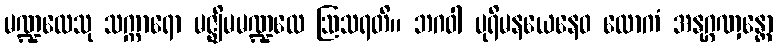
မဏ္ဍလေသု သက္ကာရော မဇ္ဈိမမဏ္ဍလေ ဩသရတိ။ ဘဂဝါ ပုရိမနယေနေဝ လောကံ အနုဂ္ဂဏှန္တော